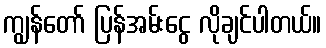
ကျွန်တော် ပြန်အမ်းငွေ လိုချင်ပါတယ်။